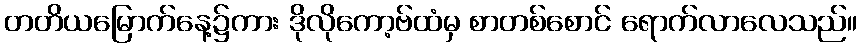
တတိယမြောက်နေ့၌ကား ဒိုလိုကော့ဗ်ထံမှ စာတစ်စောင် ရောက်လာလေသည်။